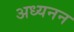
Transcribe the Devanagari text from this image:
अध्यनन